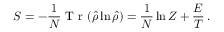
S = - \frac { 1 } { N } \mathrm { ~ T ~ r ~ } ( \hat { \rho } \ln \hat { \rho } ) = \frac { 1 } { N } \ln Z + \frac { E } { T } \, .